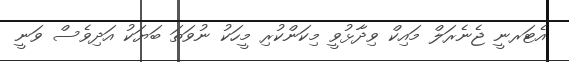
އެޓަރނީ ޖެނެރަލް މައިކް ވިދާޅުވީ މިކަންކުރި މީހަކު ނުވަތަ ބަޔަކު އަދިވެސް ވަނީ